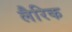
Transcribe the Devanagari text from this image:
लैरिक